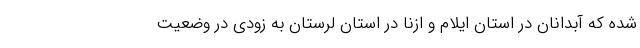
شده که آبدانان در استان ایلام و ازنا در استان لرستان به زودی در وضعیت